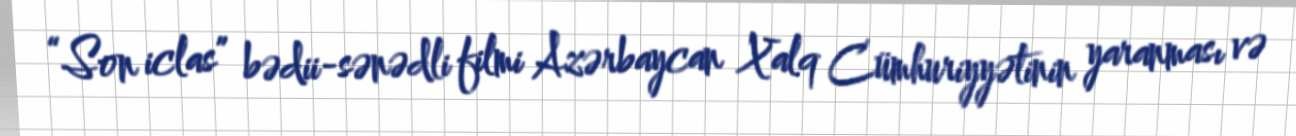
“Son iclas” bədii-sənədli filmi Azərbaycan Xalq Cümhuriyyətinin yaranması və